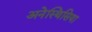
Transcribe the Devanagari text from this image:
अनेस्थिसिया